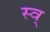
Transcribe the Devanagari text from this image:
स्व्